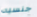
جنسيه